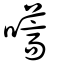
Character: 嚆